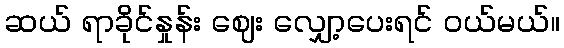
ဆယ် ရာခိုင်နှုန်း ဈေး လျှော့ပေးရင် ဝယ်မယ်။